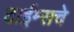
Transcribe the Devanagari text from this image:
टाईम्सचे